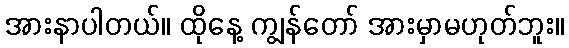
အားနာပါတယ်။ ထိုနေ့ ကျွန်တော် အားမှာမဟုတ်ဘူး။